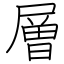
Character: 層